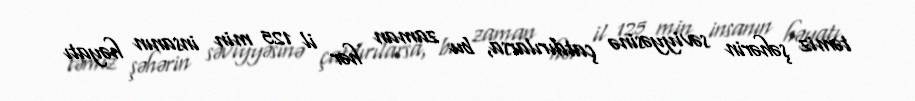
təmiz şəhərin səviyyəsinə çatdırılarsa, bu zaman hər il 125 min insanın həyatı